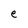
Character: e